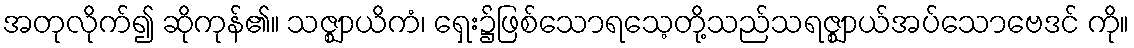
အတုလိုက်၍ ဆိုကုန်၏။ သဇ္ဈာယိကံ၊ ရှေး၌ဖြစ်သောရသေ့တို့သည်သရဇ္ဈာယ်အပ်သောဗေဒင် ကို။